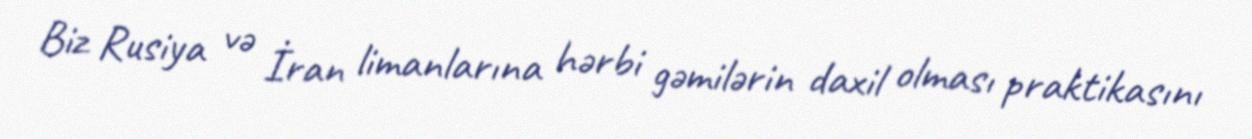
Biz Rusiya və İran limanlarına hərbi gəmilərin daxil olması praktikasını